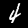
Label: 4